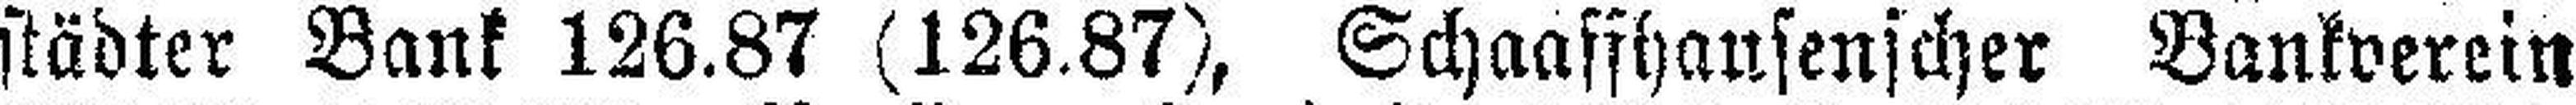
städter Bank 126.87 (126.87), Schaaffhausenscher Bankverein